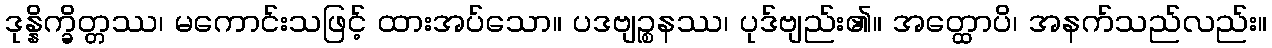
ဒုန္နိက္ခိတ္တဿ၊ မကောင်းသဖြင့် ထားအပ်သော။ ပဒဗျဉ္စနဿ၊ ပုဒ်ဗျည်း၏။ အတ္ထောပိ၊ အနက်သည်လည်း။